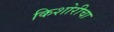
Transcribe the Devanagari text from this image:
किशोरीचा